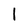
Character: 1